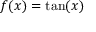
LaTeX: f ( x ) = \tan ( x )